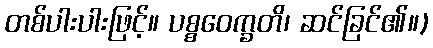
တစ်ပါးပါးဖြင့်။ ပစ္စဝေက္ခတိ၊ ဆင်ခြင်၏။)